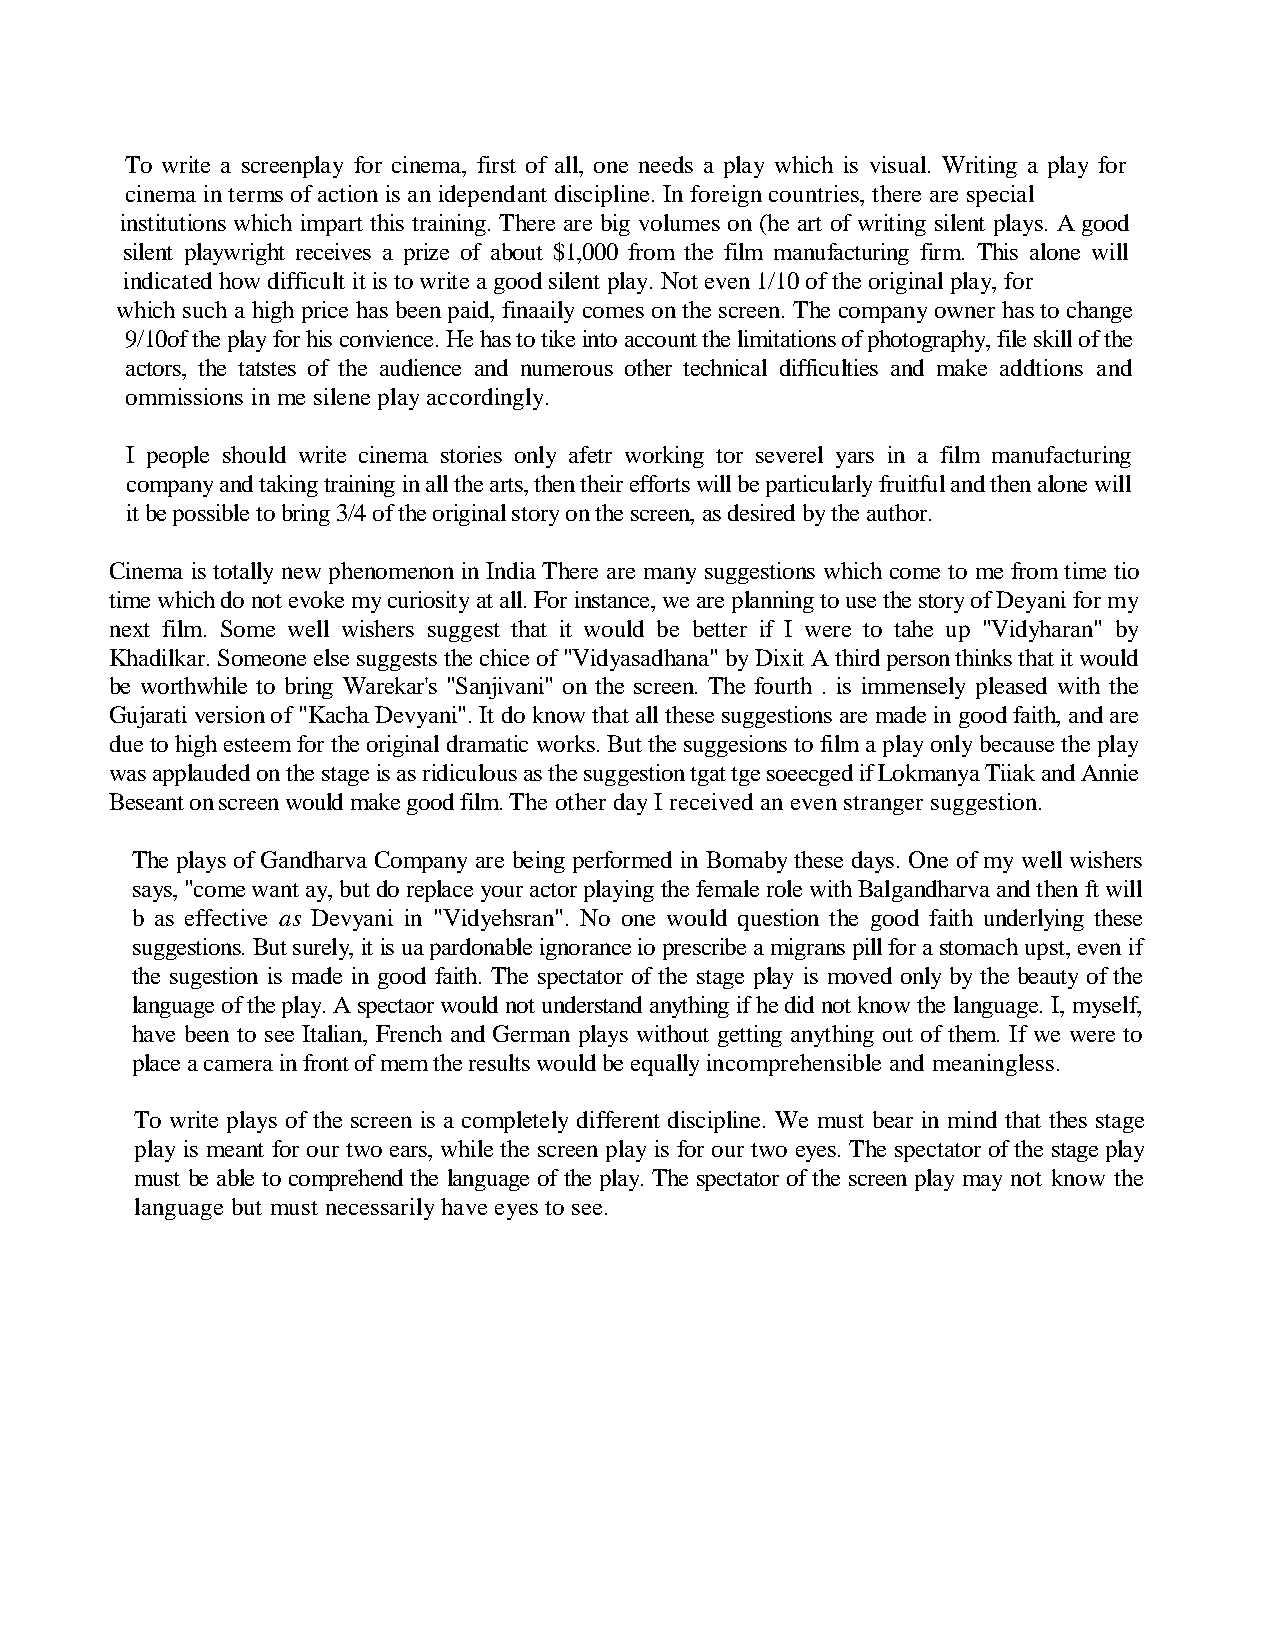
To write a screenplay for cinema, first of all, one needs a play which is visual. Writing a play for
 cinema in terms of action is an idependant discipline. In foreign countries, there are special
 institutions which impart this training. There are big volumes on (he art of writing silent plays. A good
 silent playwright receives a prize of about $1,000 from the film manufacturing firm. This alone will
 indicated how difficult it is to write a good silent play. Not even 1/10 of the original play, fo r
 which such a high price has been paid, finaaily comes on the screen. The company owner has to change
 9/10of the play for his convience. He has to tike into account the limitations of photography, file skill of the
 actors, the tatstes of the audience and numerous other technical difficulties and make addtions and
 ommissions in me silene play accordingly.
 I people should write cinema stories only afetr working tor severel yars in a film manufacturing
 company and taking training in all the arts, then their efforts will be particularly fruitful and then alone will
 it be possible to bring 3/4 of the original story on the screen, as desired by the aut hor.
 Cinema is totally new phenomenon in India There are many suggestions which come to me from time tio
 time which do not evoke my curiosity at all. For instance, we are planning to use the story of Deyani for my
 next film. Some well wishers suggest that it would be better if I were to tahe up "Vidyharan" by
 Khadilkar. Someone else suggests the chice of "Vidyasadhana" by Dixit A third person thinks that it would
 be worthwhile to bring Warekar's "Sanjivani" on the screen. The fourth . is immensely pleased with the
 Gujarati version of "Kacha Devyani". It do know that all these suggestions are made in good faith, and are
 due to high esteem for the original dramatic works. But the suggesions to film a play only because the play
 was applauded on the stage is as ridiculous as the suggestion tgat tge soeecged if Lokmanya Tiiak and Annie
 Beseant on screen would make good film. The other day I received an even stranger suggestio n.
 The plays of Gandharva Company are being performed in Bomaby these days. One of my well wishers
 says, "come want ay, but do replace your actor playing the female role with Balgandharva and then ft will
 b as effective as Devyani in "Vidyehsran". No one would question the good faith underlying these
 suggestions. But surely, it is ua pardonable ignorance io prescribe a migrans pill for a stomach upst, even if
 the sugestion is made in good faith. The spectator of the stage play is moved only by the beauty of the
 language of the play. A spectaor would not understand anything if he did not know the language. I, myself,
 have been to see Italian, French and German plays without getting anything out of them. If we were to
 place a camera in front of mem the results would be equally incomprehensible and meaningle ss.
 To write plays of the screen is a completely different discipline. We must bear in mind that thes stage
 play is meant for our two ears, while the screen play is for our two eyes. The spectator of the stage play
 must be able to comprehend the language of the play. The spectator of the screen play may not know the
 language but must necessarily have eyes to see.